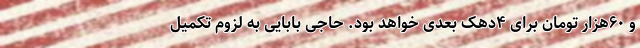
و ۶۰هزار تومان برای ۴دهک بعدی خواهد بود. حاجی بابایی به لزوم تکمیل